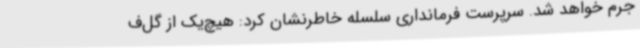
جرم خواهد شد. سرپرست فرمانداری سلسله خاطرنشان کرد: هیچ‌یک از گل‌ف